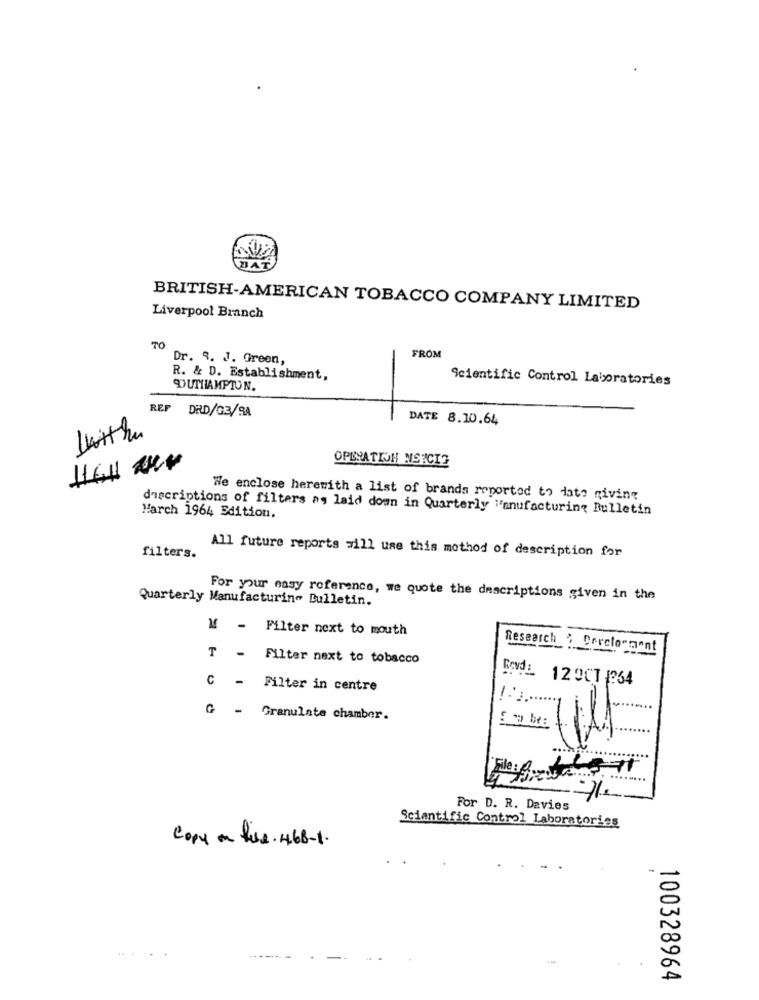
BRITISH-AMERICAN TOBACCO COMPANY LIMITED
Liverpool Branch
TO
Dr. 9. J. Green,
FROM
R. & D. Establishment,
Scientific Control Laboratories
SOUTHAMPTON.
REP
DRD/03/9A
DATE 8.10.64
OPLYATION NSWCIS
We enclose herewith a list of brands reported to date giving
descriptions of filters na laid down in Quarterly "anufacturing Bulletin
March 1964 Edition.
filters.
All future reports will use this method of description for
Quarterly Manufacturing Bulletin.
For your easy reference, we quote the descriptions given in the
M - Filter next to mouth
Research : Derelongont
T - Filter next to tobacco
Rovd: 12 OCT 1964
C - Filter in centre
G - Granulate chamber.
6.
For D. R. Davies
Sciantific Control Laboratories
Copy on file . 468-1.
-
... ..
100328964